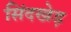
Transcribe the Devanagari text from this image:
सिंदखेड़